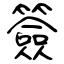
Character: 簽